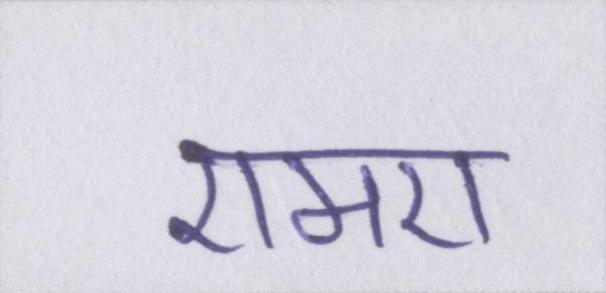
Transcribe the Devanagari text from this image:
एमए